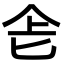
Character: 𠤒